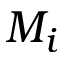
M _ { i }